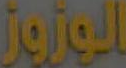
الوزوز